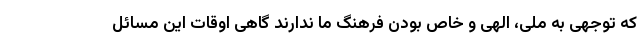
که توجهی به ملی، الهی و خاص بودن فرهنگ ما ندارند گاهی اوقات این مسائل